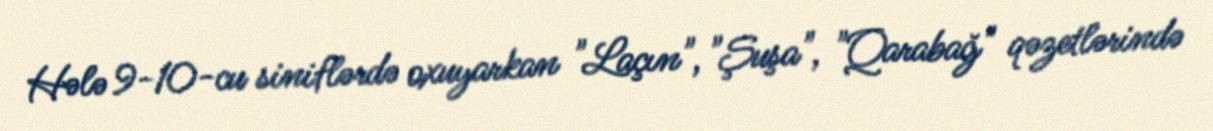
Hələ 9-10-cu siniflərdə oxuyarkan "Laçın", "Şuşa", "Qarabağ" qəzetlərində